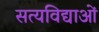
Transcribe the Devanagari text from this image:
सत्यविद्याओं